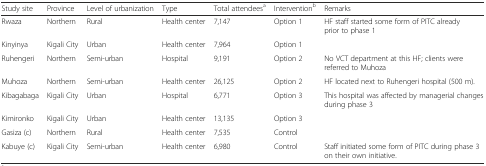
<table><thead><tr><td><b>Study site</b></td><td><b>Province</b></td><td><b>Level of urbanization</b></td><td><b>Type</b></td><td><b>Total attendees<sup>a</sup></b></td><td><b>Intervention<sup>b</sup></b></td><td><b>Remarks</b></td></tr></thead><tbody><tr><td>Rwaza</td><td>Northern</td><td>Rural</td><td>Health center</td><td>7,147</td><td>Option 1</td><td>HF staff started some form of PITC already prior to phase 1</td></tr><tr><td>Kinyinya</td><td>Kigali City</td><td>Urban</td><td>Health center</td><td>7,964</td><td>Option 1</td><td></td></tr><tr><td>Ruhengeri</td><td>Northern</td><td>Semi-urban</td><td>Hospital</td><td>9,191</td><td>Option 2</td><td>No VCT department at this HF; clients were referred to Muhoza</td></tr><tr><td>Muhoza</td><td>Northern</td><td>Semi-urban</td><td>Health center</td><td>26,125</td><td>Option 2</td><td>HF located next to Ruhengeri hospital (500 m).</td></tr><tr><td>Kibagabaga</td><td>Kigali City</td><td>Urban</td><td>Hospital</td><td>6,771</td><td>Option 3</td><td>This hospital was affected by managerial changes during phase 3</td></tr><tr><td>Kimironko</td><td>Kigali City</td><td>Urban</td><td>Health center</td><td>13,135</td><td>Option 3</td><td></td></tr><tr><td>Gasiza (c)</td><td>Northern</td><td>Rural</td><td>Health center</td><td>7,535</td><td>Control</td><td></td></tr><tr><td>Kabuye (c)</td><td>Kigali City</td><td>Semi-urban</td><td>Health center</td><td>6,980</td><td>Control</td><td>Staff initiated some form of PITC during phase 3 on their own initiative.</td></tr></tbody></table>